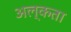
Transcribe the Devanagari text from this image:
अल्कता